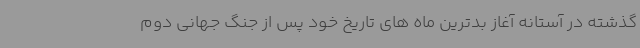
گذشته در آستانه آغاز بدترین ماه های تاریخ خود پس از جنگ جهانی دوم